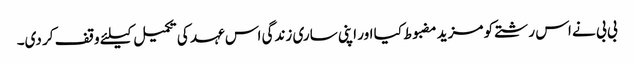
بی بی نے اس رشتے کو مزید مضبوط کیا اور اپنی ساری زندگی اس عہد کی تکمیل کیلئے وقف کر دی۔